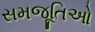
સમજૂતિઓ